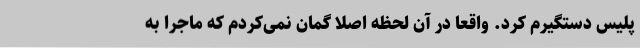
پلیس دستگیرم کرد. واقعا در آن لحظه اصلا گمان نمی‌کردم که ماجرا به